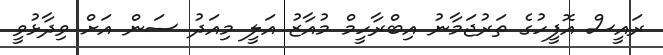
ރައީސް އޮފީހުގެ ތަރުޖަމާނު އިބްރާހީމް މުއާޒު އަލީ މިއަދު ސަން އަށް ވިދާޅުވީ